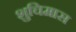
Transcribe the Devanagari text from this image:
शुचिमास